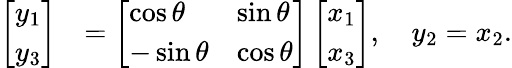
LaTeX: \begin{array}{rl}{\left[\begin{array}{l}{y_{1}}\\ {y_{3}}\end{array}\right]}&{=\left[\begin{array}{ll}{\cos\theta}&{\sin\theta}\\ {-\sin\theta}&{\cos\theta}\end{array}\right]\left[\begin{array}{l}{x_{1}}\\ {x_{3}}\end{array}\right],\quad y_{2}=x_{2}.}\end{array}